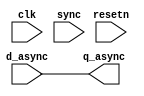
// This program was cloned from: https://github.com/verimake-team/SparkRoad-V
// License: MIT License

//------------------------------------------------------------------------------
// The confidential and proprietary information contained in this file may
// only be used by a person authorised under and to the extent permitted
// by a subsisting licensing agreement from ARM Limited.
//
//            (C) COPYRIGHT 2008-2010 ARM Limited.
//                ALL RIGHTS RESERVED
//
// This entire notice must be reproduced on all copies of this file
// and copies of this file may only be made by a person if such person is
// permitted to do so under the terms of a subsisting license agreement
// from ARM Limited.
//------------------------------------------------------------------------------
// Version and Release Control Information:
//
// File Revision       :  7369 
// File Date           :  2010-04-27 20:30:45 +0530 (Tue, 27 Apr 2010) 
// Release Information : Cortex-M0 DesignStart-r2p0-00rel0
//------------------------------------------------------------------------------
//  Purpose : This is a cdc corruption block.
//            It is a non-functional verification block that (when enabled)
//            corrupts any bit of data from the point at which it changes
//            until either the next capture clock edge or another bit changes.
//------------------------------------------------------------------------------

module cxapbasyncbridge_cdc_corrupt_gry (
  clk, 
  resetn, 
  sync,
  d_async,
  q_async
  );

  parameter WIDTH = 1;
  
  // ------------------------------------------------------
  // port declaration
  // ------------------------------------------------------
  input               clk; 
  input               resetn; 
  input               sync;
  input  [WIDTH-1:0]  d_async;
  output [WIDTH-1:0]  q_async;

  // -------------------------------------------
  // reg/wire declarations
  // ------------------------------------------------------

`ifdef ARM_CDC_CHECK

  reg      [WIDTH-1:0]  d_latch;
  reg      [WIDTH-1:0]  out_async;
  reg      [WIDTH-1:0]  corrupt;
  wire     [WIDTH-1:0]  change_vector;
  wire                  change;

  integer            i;

  //Bypass when in sync mode
  assign q_async = (sync) ? d_async : out_async;

  //Latch to detect changes in d_async
  always @(d_async)
     d_latch <= d_async; 

  //Create change vector (single delta cycle)
  assign change_vector = (d_async ^ d_latch);

  //Create a change pulse (single delta cycle)
  assign change = |change_vector;
  
  //Corrupt bits 
  always @(posedge clk or posedge change)
    begin 
       if (change) begin
          corrupt <= change_vector;
       end else begin
          corrupt <= {WIDTH{1'b0}};
       end
    end

  always @(corrupt or d_async)
    for (i = 0; i < WIDTH; i=i+1) begin
       out_async[i] = corrupt[i] ? 1'bz : d_async[i];
    end   
  
`else

  assign q_async = d_async;

`endif
  
endmodule